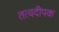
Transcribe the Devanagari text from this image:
तत्वदीपक